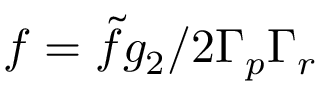
f = { \tilde { f } g _ { 2 } } / { 2 \Gamma _ { p } \Gamma _ { r } }